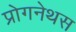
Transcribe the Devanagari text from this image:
प्रोगनेथस